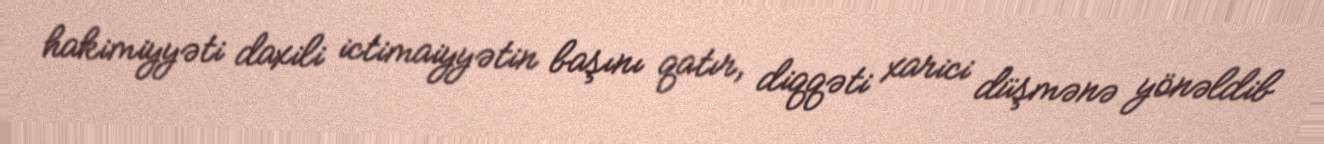
hakimiyyəti daxili ictimaiyyətin başını qatır, diqqəti xarici düşmənə yönəldib